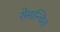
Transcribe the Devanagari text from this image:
रोमान्चित